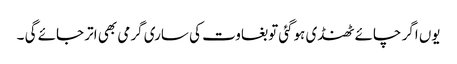
یوں اگر چائے ٹھنڈی ہوگئی توبغاوت کی ساری گرمی بھی اتر جائے گی ۔